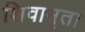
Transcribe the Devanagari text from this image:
शिवामृता